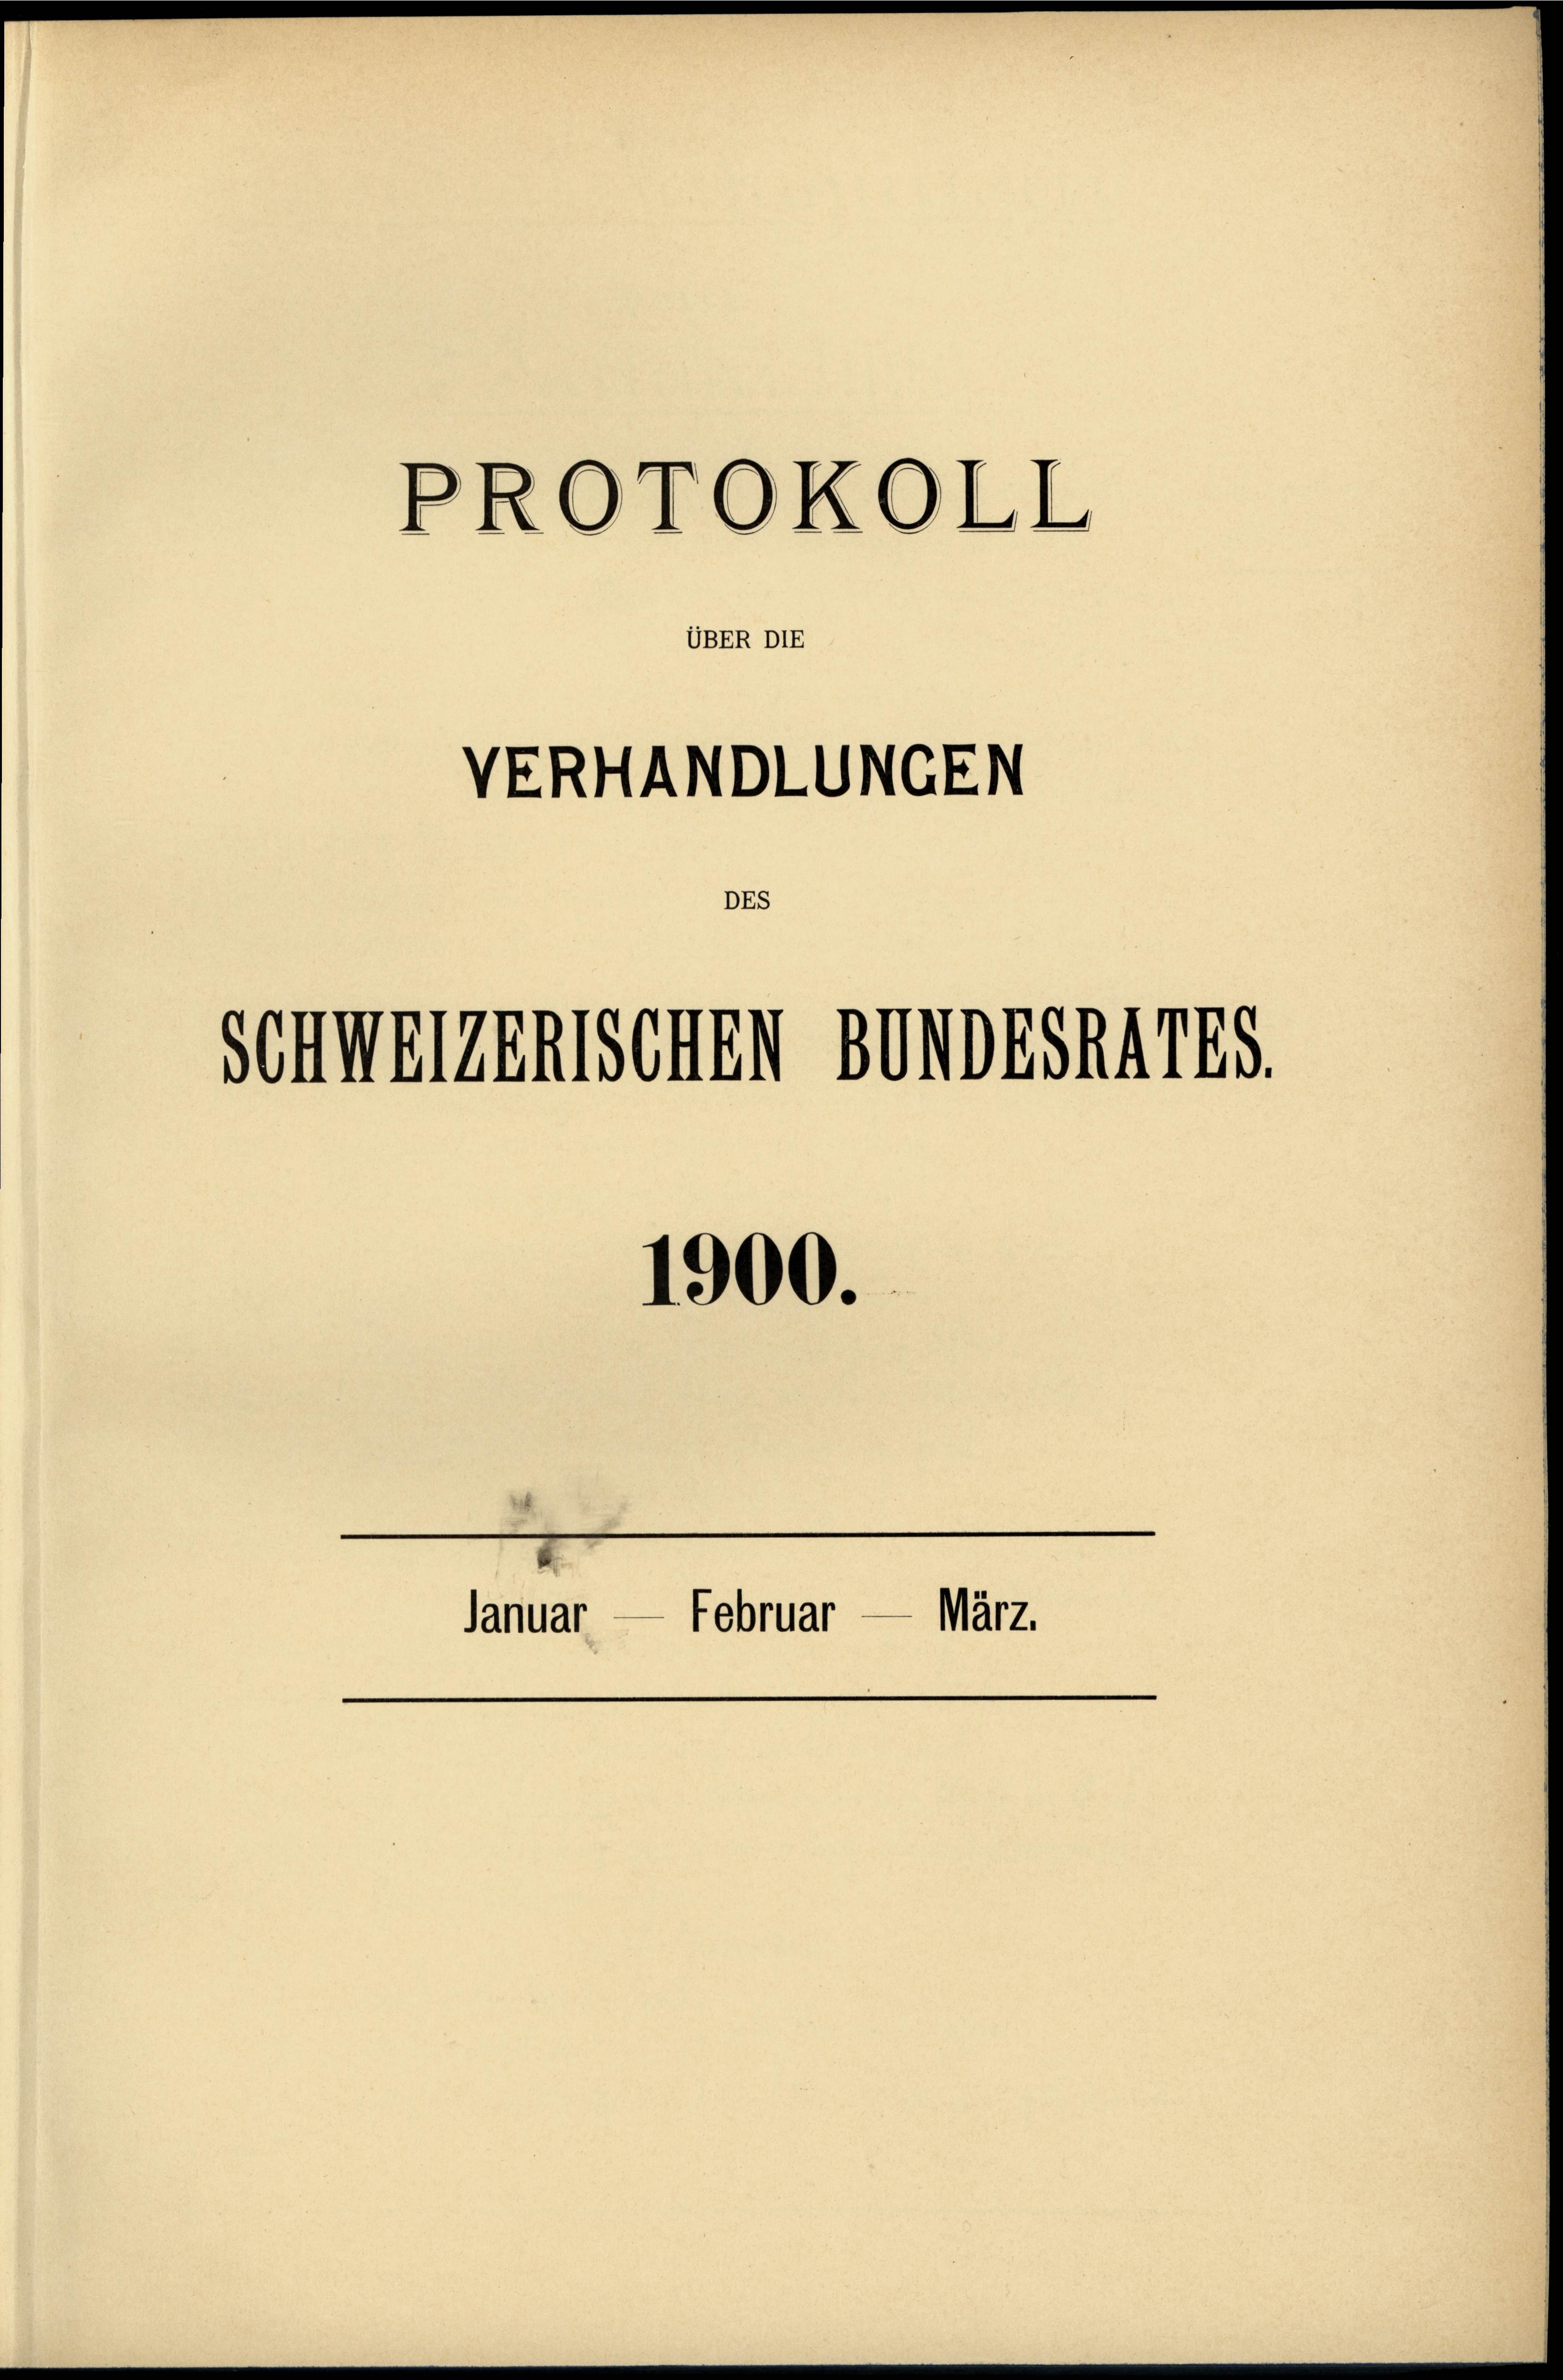
VERHANDLUNGEN
DEs
Schwerenischen 80DESNATES.

PROTOKOLL

1900.
Januar — Februar — März.

UBER DIE